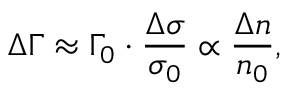
\Delta \Gamma \approx \Gamma _ { 0 } \cdot \frac { \Delta \sigma } { \sigma _ { 0 } } \propto \frac { \Delta n } { n _ { 0 } } ,